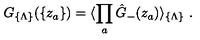
G _ { \{ \Lambda \} } ( \{ z _ { a } \} ) = \langle \prod _ { a } { \hat { G } } _ { - } ( z _ { a } ) \rangle _ { \{ \Lambda \} } \ .